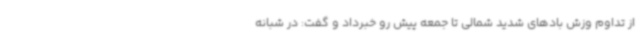
از تداوم وزش بادهای شدید شمالی تا جمعه پیش رو خبرداد و گفت: در شبانه